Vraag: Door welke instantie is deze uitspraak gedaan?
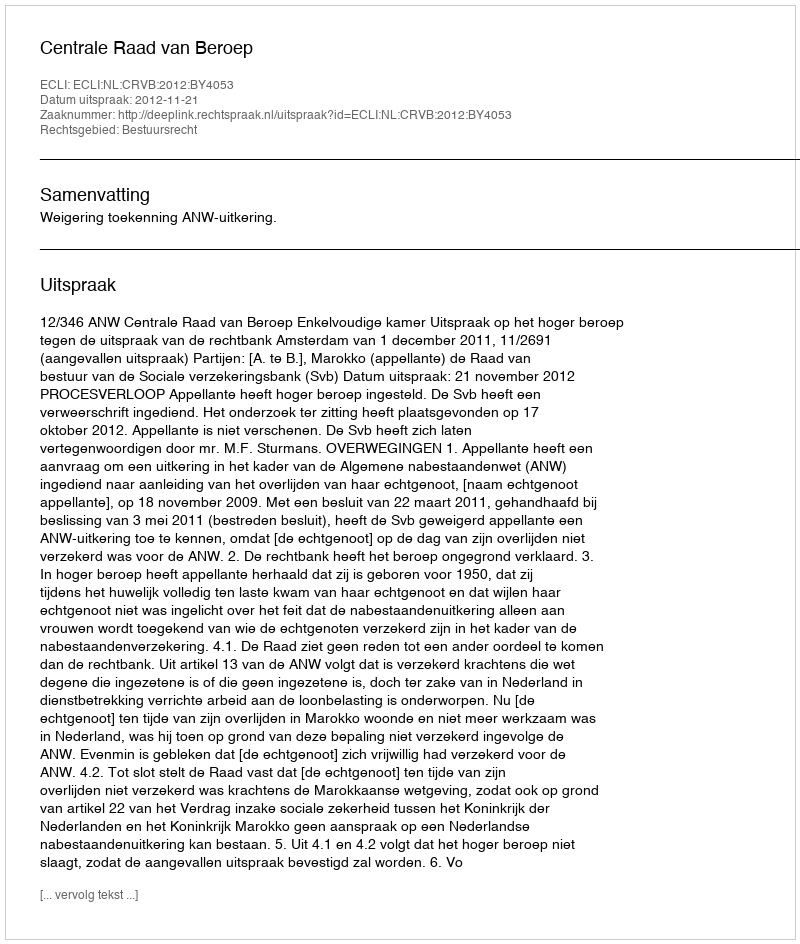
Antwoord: Centrale Raad van Beroep